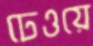
ঢেওয়ে